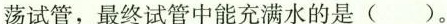
荡试管，最终试管中能充满水的是( )。